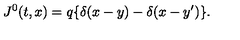
J ^ { 0 } ( t , x ) = q \{ \delta ( x - y ) - \delta ( x - y ^ { \prime } ) \} .